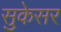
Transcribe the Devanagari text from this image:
सुकेसर